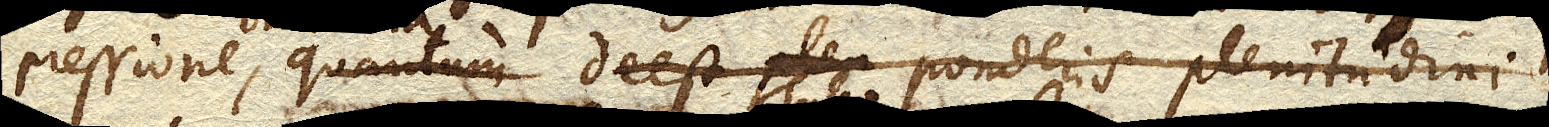
pressione , quantum deest ponderis plenitudini